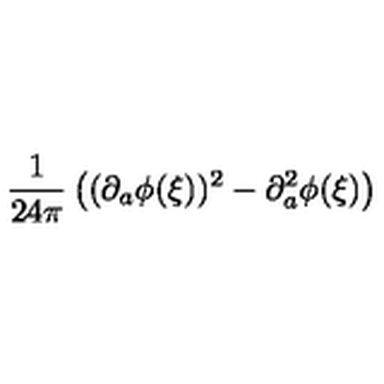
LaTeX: \frac { 1 } { 2 4 \pi } \left( ( \partial _ { a } \phi ( \xi ) ) ^ { 2 } - \partial _ { a } ^ { 2 } \phi ( \xi ) \right)